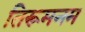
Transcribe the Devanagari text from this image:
तिरूमनम